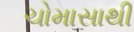
ચોમાસાથી